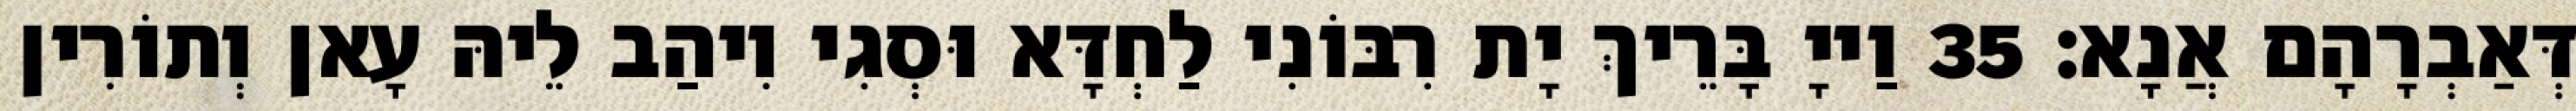
דְּאַבְרָהָם אֲנָא׃ 35 וַייָ בָּרֵיךְ יָת רִבּוֹנִי לַחְדָּא וּסְגִי וִיהַב לֵיהּ עָאן וְתוֹרִין